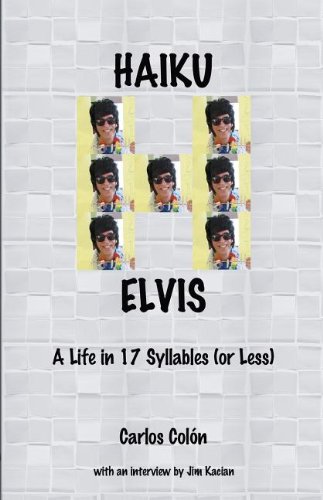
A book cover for Haiku Elvis - A Life in 17 Syllables (or Less); Carlos Colon; Literature & Fiction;